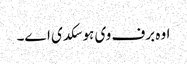
اوہ برف وی ہو سکدی ا‏‏ے۔